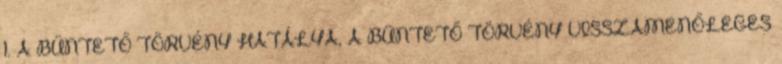
1. A BÜNTETŐ TÖRVÉNY HATÁLYA, A BÜNTETŐ TÖRVÉNY VISSZAMENŐLEGES